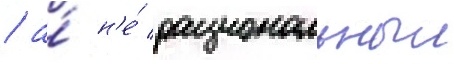
/ а́ н'е́ рациональныи